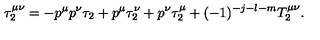
\tau _ { 2 } ^ { \mu \nu } = - p ^ { \mu } p ^ { \nu } \tau _ { 2 } + p ^ { \mu } \tau _ { 2 } ^ { \nu } + p ^ { \nu } \tau _ { 2 } ^ { \mu } + ( - 1 ) ^ { - j - l - m } T _ { 2 } ^ { \mu \nu } .